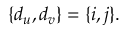
\{ d _ { u } , d _ { v } \} = \{ i , j \} .